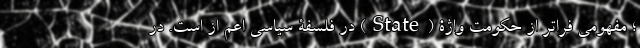
؛ مفهومی فراتر از حکومت واژۀ (State) در فلسفۀ سیاسی اعم از است. در